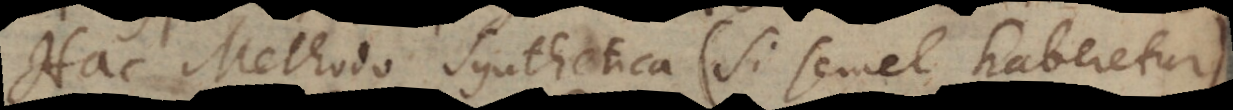
Hac Methodo synthetica (si semel haberetur)